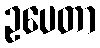
ဥပေတာ